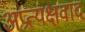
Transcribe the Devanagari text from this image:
अप्रत्यक्षवाद